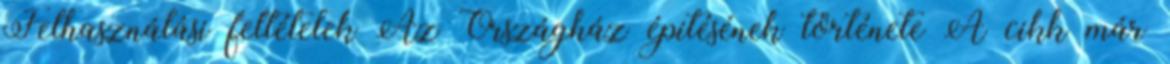
Felhasználási feltételek Az Országház építésének története A cikk már